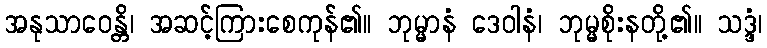
အနုသာဝေန္တိ၊ အဆင့်ကြားစေကုန်၏။ ဘုမ္မာနံ ဒေဝါနံ၊ ဘုမ္မစိုးနတို့၏။ သဒ္ဒံ၊